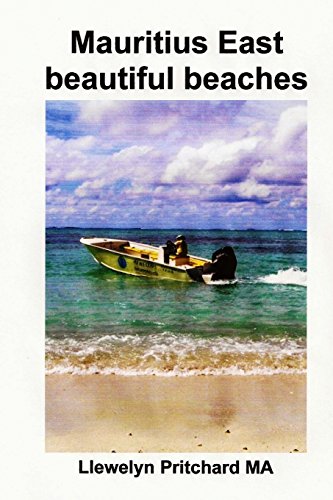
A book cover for Mauritius East beautiful beaches: Un Souvenir Collezione di fotografie a colori con didascalie (Foto Album) (Volume 10) (Italian Edition); Llewelyn Pritchard MA; Travel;